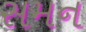
સમન